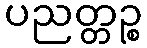
ပညတ္တဉ္စ